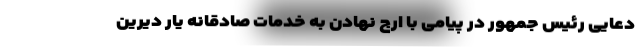
دعایی رئیس جمهور در پیامی با ارج نهادن به خدمات صادقانه یار دیرین